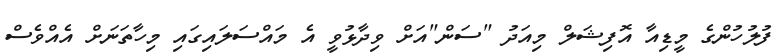
ފުލުހުންގެ މީޑިއާ އޮފިޝަލް މިއަދު "ސަން"އަށް ވިދާޅުވީ އެ މައްސަލައިގައި މިހާތަނަށް އެއްވެސް